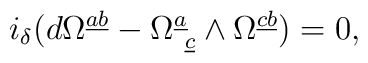
i_{\delta} (d \Omega^{\underline{a}\underline{b}}  -\Omega^{\underline{a}}_{~\underline{c}} \wedge\Omega^{\underline{c}\underline{b}}) = 0 ,